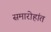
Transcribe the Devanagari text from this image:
समारोहांत